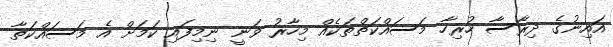
އައިނުގެ ދިރާސާ ހުރިހާ މަސައްކަތްތަކެއް މިހާރު ވަނީ ނިމިފައި ކަމަށް އެ މަސައްކަތާ